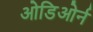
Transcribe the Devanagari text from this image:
ओडिओर्न